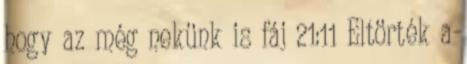
hogy az még nekünk is fáj 21:11 Eltörték a